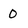
Character: 0